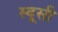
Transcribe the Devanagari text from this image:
स्वूसी